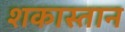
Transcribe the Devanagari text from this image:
शकास्तान